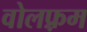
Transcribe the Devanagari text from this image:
वोलफ़्रम